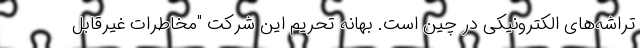
تراشه‌های الکترونیکی در چین است. بهانه تحریم این شرکت "مخاطرات غیرقابل